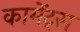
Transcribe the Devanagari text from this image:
कामेंट्स